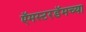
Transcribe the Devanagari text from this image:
ऍमस्टरडॅमच्या